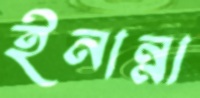
ইনান্না